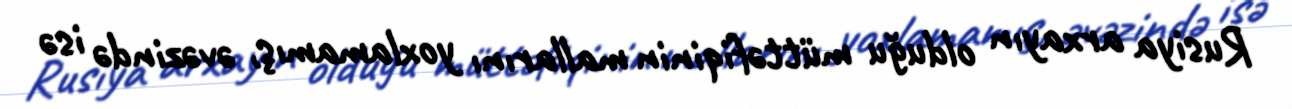
Rusiya arxayın olduğu müttəfiqinin mallarını yoxlamamış, əvəzində isə